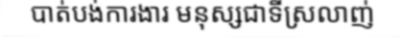
បាត់បង់ការងារ មនុស្សជាទីស្រលាញ់